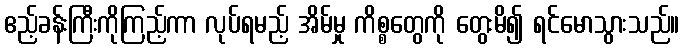
ဧည့်ခန်းကြီးကိုကြည့်ကာ လုပ်ရမည့် အိမ်မှု ကိစ္စတွေကို တွေးမိ၍ ရင်မောသွားသည်။